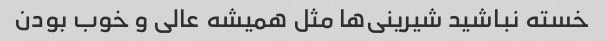
خسته نباشید شیرینی‌ها مثل همیشه عالی و خوب بودن